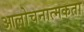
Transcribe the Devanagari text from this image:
आलोचनात्मकता